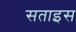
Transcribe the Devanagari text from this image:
सताइस